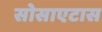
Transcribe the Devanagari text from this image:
सोसाएटास